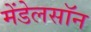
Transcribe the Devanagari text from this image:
मेंडेलसॉन